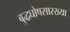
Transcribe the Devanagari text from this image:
बुद्धघोषसारख्या